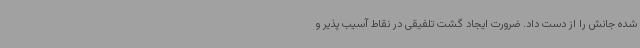
شده جانش را از دست داد. ضرورت ایجاد گشت تلفیقی در نقاط آسیب پذیر و